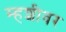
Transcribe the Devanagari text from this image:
म्हशीवर